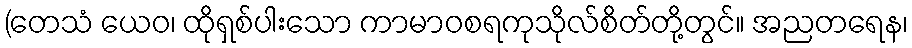
(တေသံ ယေဝ၊ ထိုရှစ်ပါးသော ကာမာဝစရကုသိုလ်စိတ်တို့တွင်။ အညတရေန၊